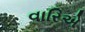
વારિએ